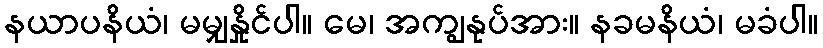
နယာပနိယံ၊ မမျှနှိုင်ပါ။ မေ၊ အကျွနုပ်အား။ နခမနိယံ၊ မခံပါ။